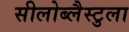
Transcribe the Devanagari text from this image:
सीलोब्लैस्टुला